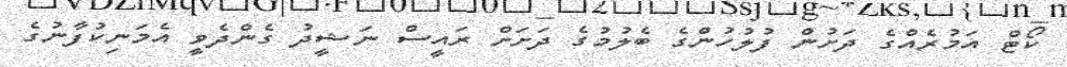
ކޯޓް އަމުރެއްގެ ދަށުން ފުލުހުންގެ ބެލުމުގެ ދަށަށް ރައީސް ނަޝީދު ގެންދެވީ އެމަނިކުފާނުގެ